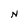
Character: N